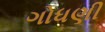
ગોધણી